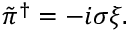
\tilde { \pi } ^ { \dagger } = - i \sigma \xi .